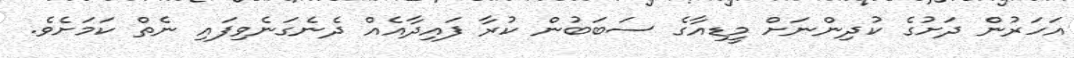
އަހަރުން ދަށުގެ ކުދިންނަށް މީޑިއާގެ ސަބަބުން ކުރާ ފައިދާއެއް ދެނެގަނެވިފައި ނެތް ކަމަށެވެ.